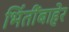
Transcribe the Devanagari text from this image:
भिंतींबाहेर